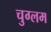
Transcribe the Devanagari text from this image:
चुग्लम